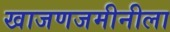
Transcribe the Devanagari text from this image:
खाजणजमीनीला